Indian journal of veterinary science and animal husbandry - Volumes 22-23, 1952-1953
Year: 1952
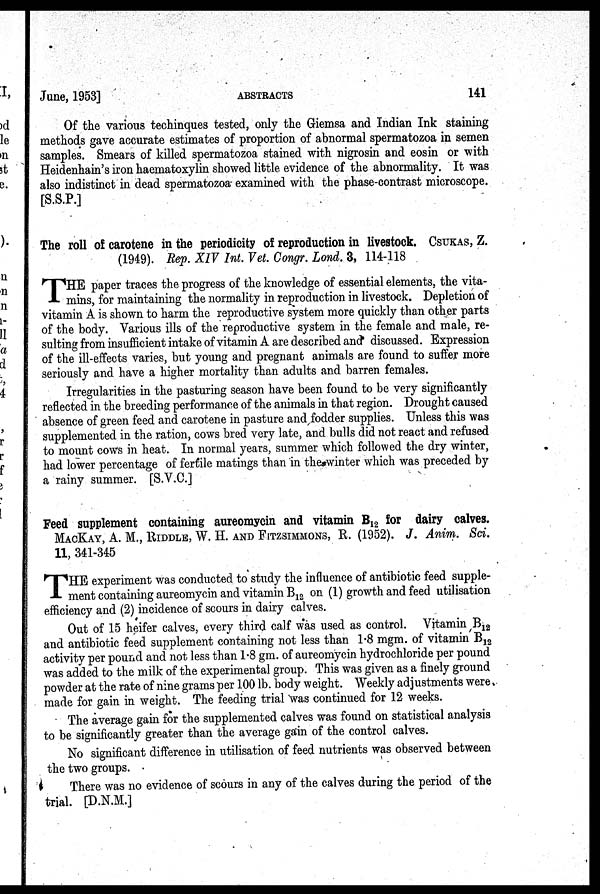
June, 1953]
ABSTRACTS
141
Of the various techniques tested, only the Giemsa and Indian Ink staining
methods gave accurate estimates of proportion of abnormal spermatozoa in semen
samples. Smears of killed spermatozoa stained with nigrosin and eosin or with
Heidenhain's iron haematoxylin showed little evidence of the abnormality. It was
also indistinct in dead spermatozoa examined with the phase-contrast microscope.
[S.S.P.]
The roll of carotene in the periodicity of reproduction in livestock. CSUKAS, Z.
(1949). Rep. XIV Int. Vet. Congr. Lond. 3, 114-118
T HE paper traces the progress of the knowledge of essential elements, the vita-
mins, for maintaining the normality in reproduction in livestock. Depletion of
vitamin A is shown to harm the reproductive system more quickly than other parts
of the body. Various ills of the reproductive system in the female and male, re-
sulting from insufficient intake of vitamin A are described and discussed. Expression
of the ill-effects varies, but young and pregnant animals are found to suffer more
seriously and have a higher mortality than adults and barren females.
Irregularities in the pasturing season have been found to be very significantly
reflected in the breeding performance of the animals in that region. Drought caused
absence of green feed and carotene in pasture and fodder supplies. Unless this was
supplemented in the ration, cows bred very late, and bulls did not react and refused
to mount cows in heat. In normal years, summer which followed the dry winter,
had lower percentage of fertile matings than in the winter which was preceded by
a rainy summer. [S.V.C.]
Feed supplement containing aureomycin and vitamin B 12 for dairy calves.
MACKAY, A. M., RIDDLE, W. H. AND FITZSIMMONS, R. (1952). J. Anim. Sci.
11, 341-345
T HE experiment was conducted to study the influence of antibiotic feed supple-
ment containing aureomycin and vitamin B 12 on (1) growth and feed utilisation
efficiency and (2) incidence of scours in dairy calves.
Out of 15 heifer calves, every third calf was used as control. Vitamin B 12
and antibiotic feed supplement containing not less than 1.8 mgm. of vitamin B 12
activity per pound and not less than 1.8 gm. of aureomycin hydrochloride per pound
was added to the milk of the experimental group. This was given as a finely ground
powder at the rate of nine grams per 100 lb. body weight. Weekly adjustments were
made for gain in weight. The feeding trial was continued for 12 weeks.
The average gain for the supplemented calves was found on statistical analysis
to be significantly greater than the average gain of the control calves.
No significant difference in utilisation of feed nutrients was observed between
the two groups.
There was no evidence of scours in any of the calves during the period of the
trial. [D.N.M.]